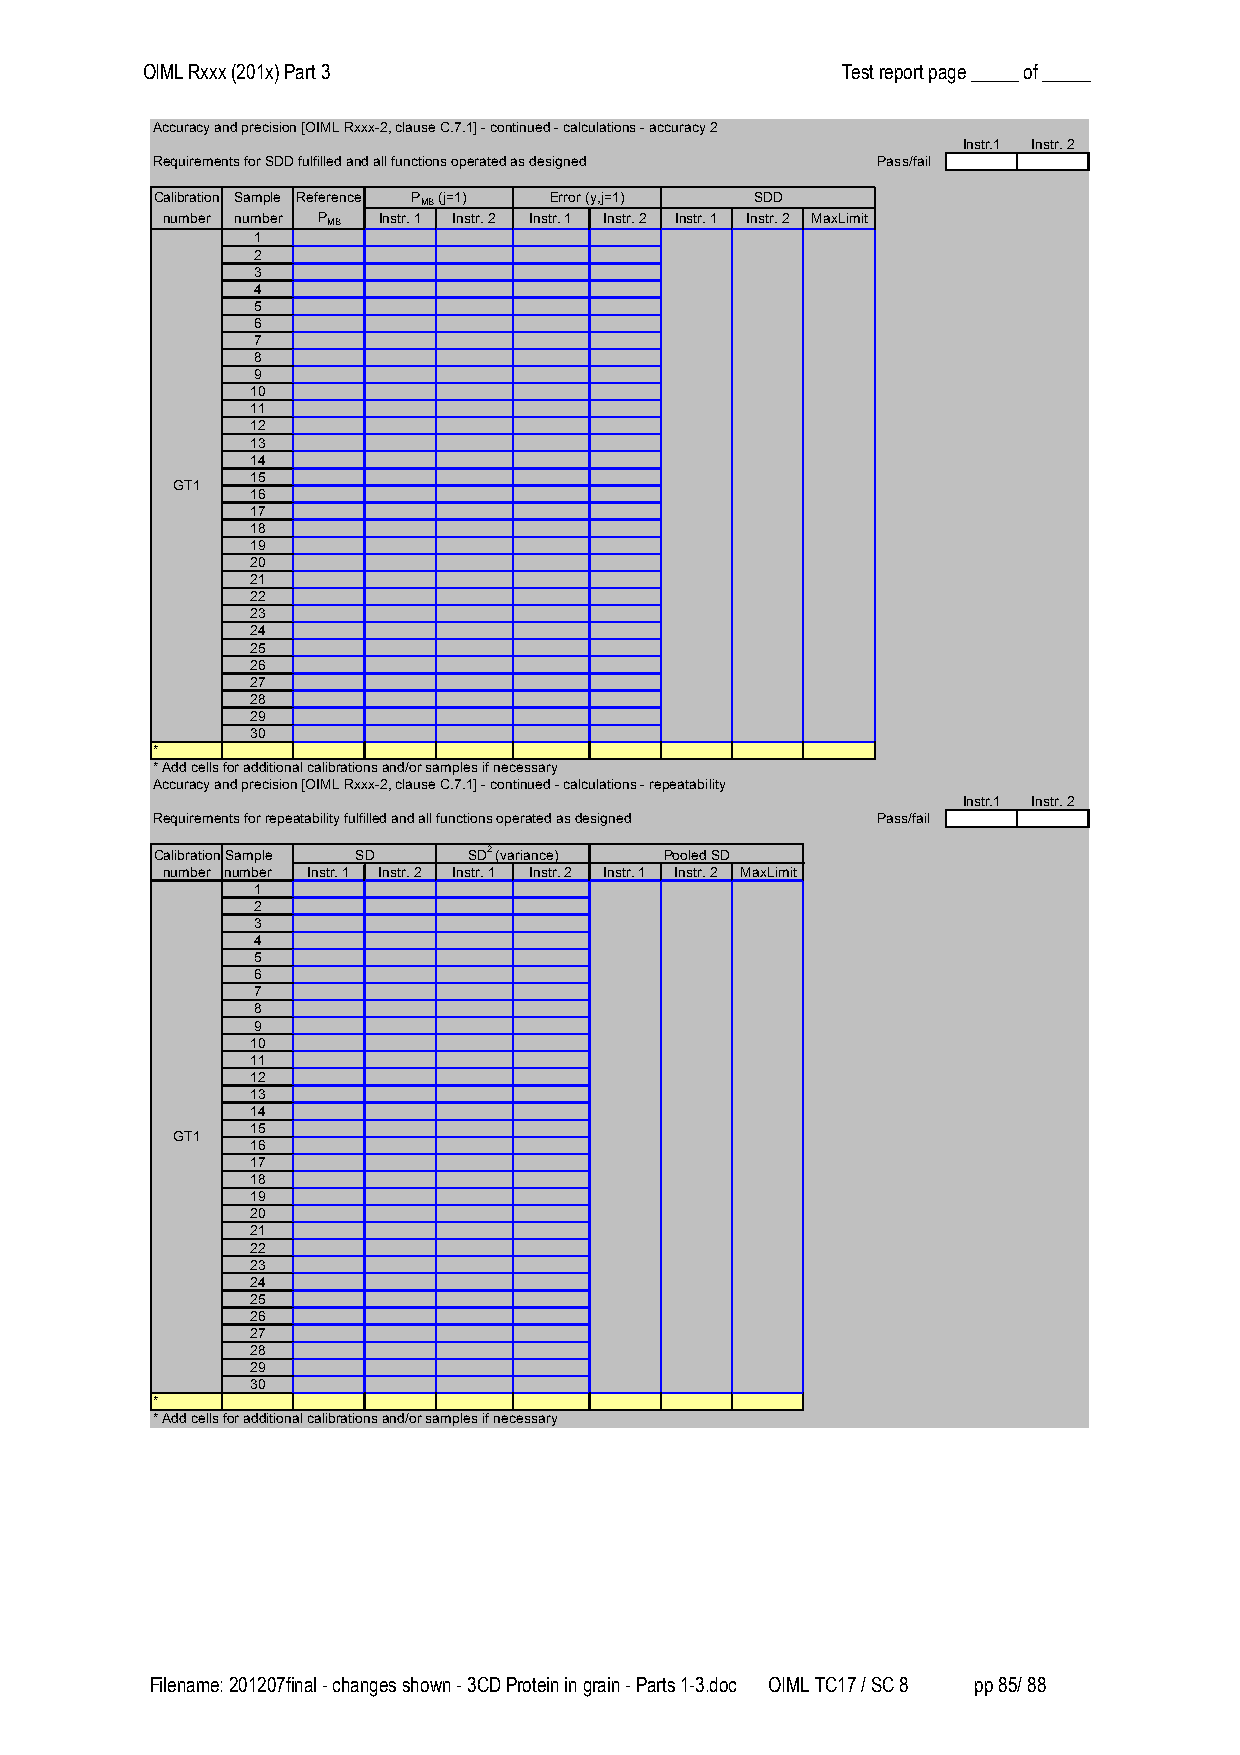
OIML Rxxx (201x) Part 3                        Test report page _____ of _____
 Accuracy and precision [OIML Rxxx-2, clause C.7.1] - continued - calculations - accuracy 2
 Instr.1 Instr. 2
 Requirements for SDD fulfilled and all functions operated as designed Pass/fail
 Calibration Sample Reference PMB (j=1) Error (y,j=1) SDD
 number number PMB Instr. 1 Instr. 2 Instr. 1 Instr. 2 Instr. 1 Instr. 2 MaxLimit
 1
 2
 3
 4
 5
 6
 7
 8
 9
 10
 11
 12
 13
 14
 15
 GT1
 16
 17
 18
 19
 20
 21
 22
 23
 24
 25
 26
 27
 28
 29
 30
 *
 * Add cells for additional calibrations and/or samples if necessary
 Accuracy and precision [OIML Rxxx-2, clause C.7.1] - continued - calculations - repeatability
 Instr.1 Instr. 2
 Requirements for repeatability fulfilled and all functions operated as designed Pass/fail
 CalibrationSample SD SD2 (variance) Pooled SD
 number number Instr. 1 Instr. 2 Instr. 1 Instr. 2 Instr. 1 Instr. 2 MaxLimit
 1
 2
 3
 4
 5
 6
 7
 8
 9
 10
 11
 12
 13
 14
 15
 GT1
 16
 17
 18
 19
 20
 21
 22
 23
 24
 25
 26
 27
 28
 29
 30
 *
 * Add cells for additional calibrations and/or samples if necessary
 Filename: 201207final - changes shown - 3CD Protein in grain - Parts 1-3.doc OIML TC17 / SC 8 pp 85/ 88